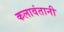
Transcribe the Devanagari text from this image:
कलावंतानी